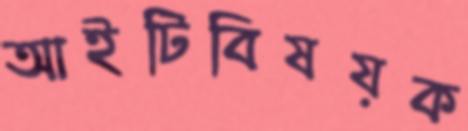
আইটিবিষয়ক